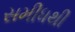
સમીધથી